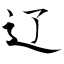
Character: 辽